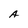
Character: A